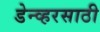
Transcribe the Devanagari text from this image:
डेन्व्हरसाठी